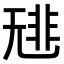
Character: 𩇳